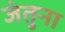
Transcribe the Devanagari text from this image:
जंतुना